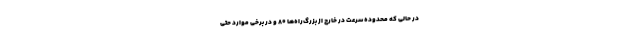
در حالی که محدوده سرعت در خارج از بزرگ‌راه‌ها ۸۰ و در برخی موارد حتی